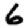
Digit: 6